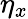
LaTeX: \eta_{x}